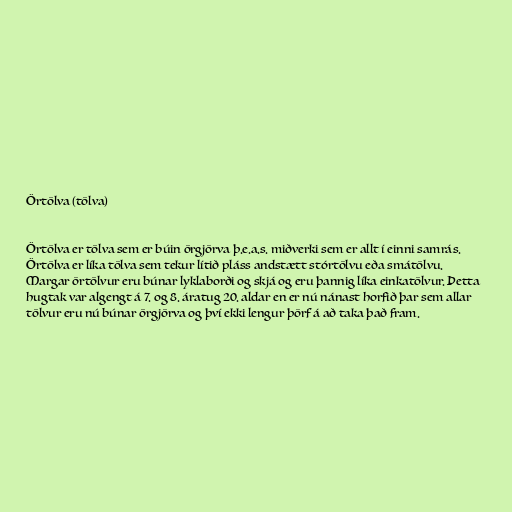
Örtölva (tölva)

Örtölva er tölva sem er búin örgjörva þ.e.a.s. miðverki sem er allt í einni samrás.
Örtölva er líka tölva sem tekur lítið pláss andstætt stórtölvu eða smátölvu.
Margar örtölvur eru búnar lyklaborði og skjá og eru þannig líka einkatölvur. Þetta
hugtak var algengt á 7. og 8. áratug 20. aldar en er nú nánast horfið þar sem allar
tölvur eru nú búnar örgjörva og því ekki lengur þörf á að taka það fram.